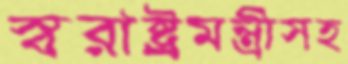
স্বরাষ্ট্রমন্ত্রীসহ